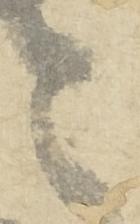
令